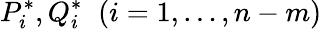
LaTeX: {P}_{i}^{\ast},{Q}_{i}^{\ast}\; \; (i=1,\dots,n-m)